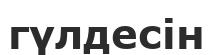
гүлдесін